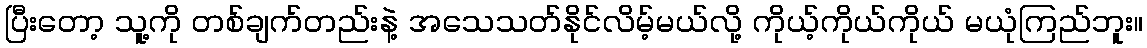
ပြီးတော့ သူ့ကို တစ်ချက်တည်းနဲ့ အသေသတ်နိုင်လိမ့်မယ်လို့ ကိုယ့်ကိုယ်ကိုယ် မယုံကြည်ဘူး။